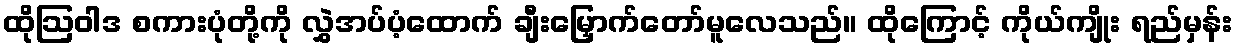
ထိုဩဝါဒ စကားပုံတို့ကို လွှဲအပ်ပံ့ထောက် ချီးမြှောက်တော်မူလေသည်။ ထိုကြောင့် ကိုယ်ကျိုး ရည်မှန်း